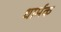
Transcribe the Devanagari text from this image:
धार्मक